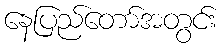
နေပြည်တော်အတွင်း